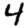
Digit: 4